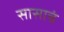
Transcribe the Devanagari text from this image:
सासाचं